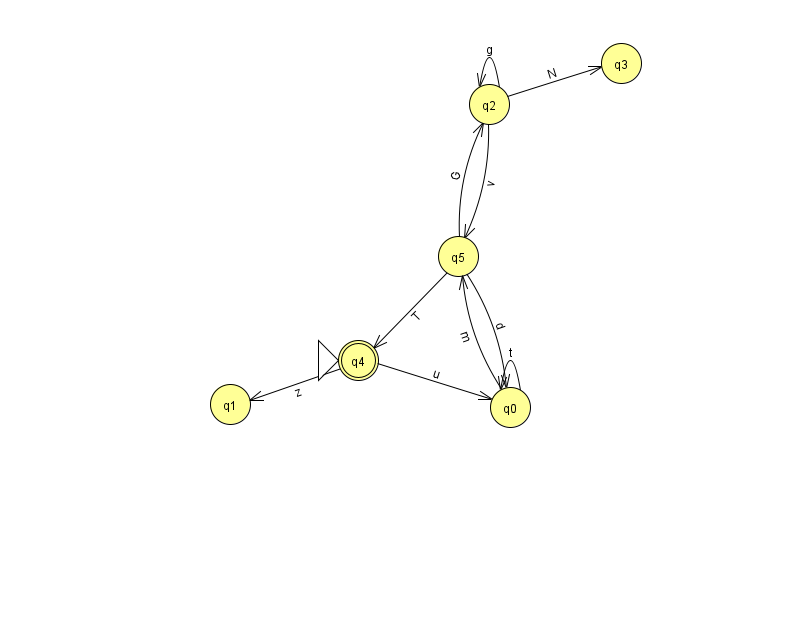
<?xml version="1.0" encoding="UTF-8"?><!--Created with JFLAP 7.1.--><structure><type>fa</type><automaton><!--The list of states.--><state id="0" name="q0"><x>510.0</x><y>394.0</y></state><state id="1" name="q1"><x>230.0</x><y>391.0</y></state><state id="2" name="q2"><x>489.0</x><y>91.0</y></state><state id="3" name="q3"><x>621.0</x><y>50.0</y></state><state id="4" name="q4"><x>358.0</x><y>347.0</y><initial/><final/></state><state id="5" name="q5"><x>458.0</x><y>243.0</y></state><!--The list of transitions.--><transition><from>2</from><to>3</to><read>N</read></transition><transition><from>5</from><to>2</to><read>G</read></transition><transition><from>2</from><to>5</to><read>v</read></transition><transition><from>0</from><to>0</to><read>t</read></transition><transition><from>0</from><to>5</to><read>m</read></transition><transition><from>4</from><to>0</to><read>u</read></transition><transition><from>2</from><to>2</to><read>g</read></transition><transition><from>4</from><to>1</to><read>z</read></transition><transition><from>5</from><to>0</to><read>d</read></transition><transition><from>5</from><to>4</to><read>T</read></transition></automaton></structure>